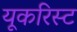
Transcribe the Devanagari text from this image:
यूकरिस्ट